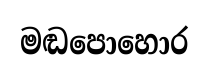
මඬපොහොර